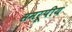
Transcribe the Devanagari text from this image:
समरूपीय